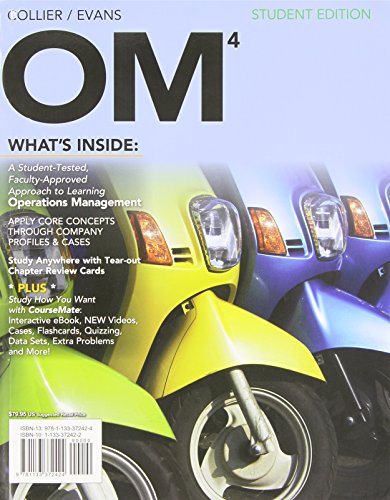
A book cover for OM 4 (with Review Cards and CourseMate Printed Access Card) (New, Engaging Titles from 4LTR Press); David Alan Collier; Business & Money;